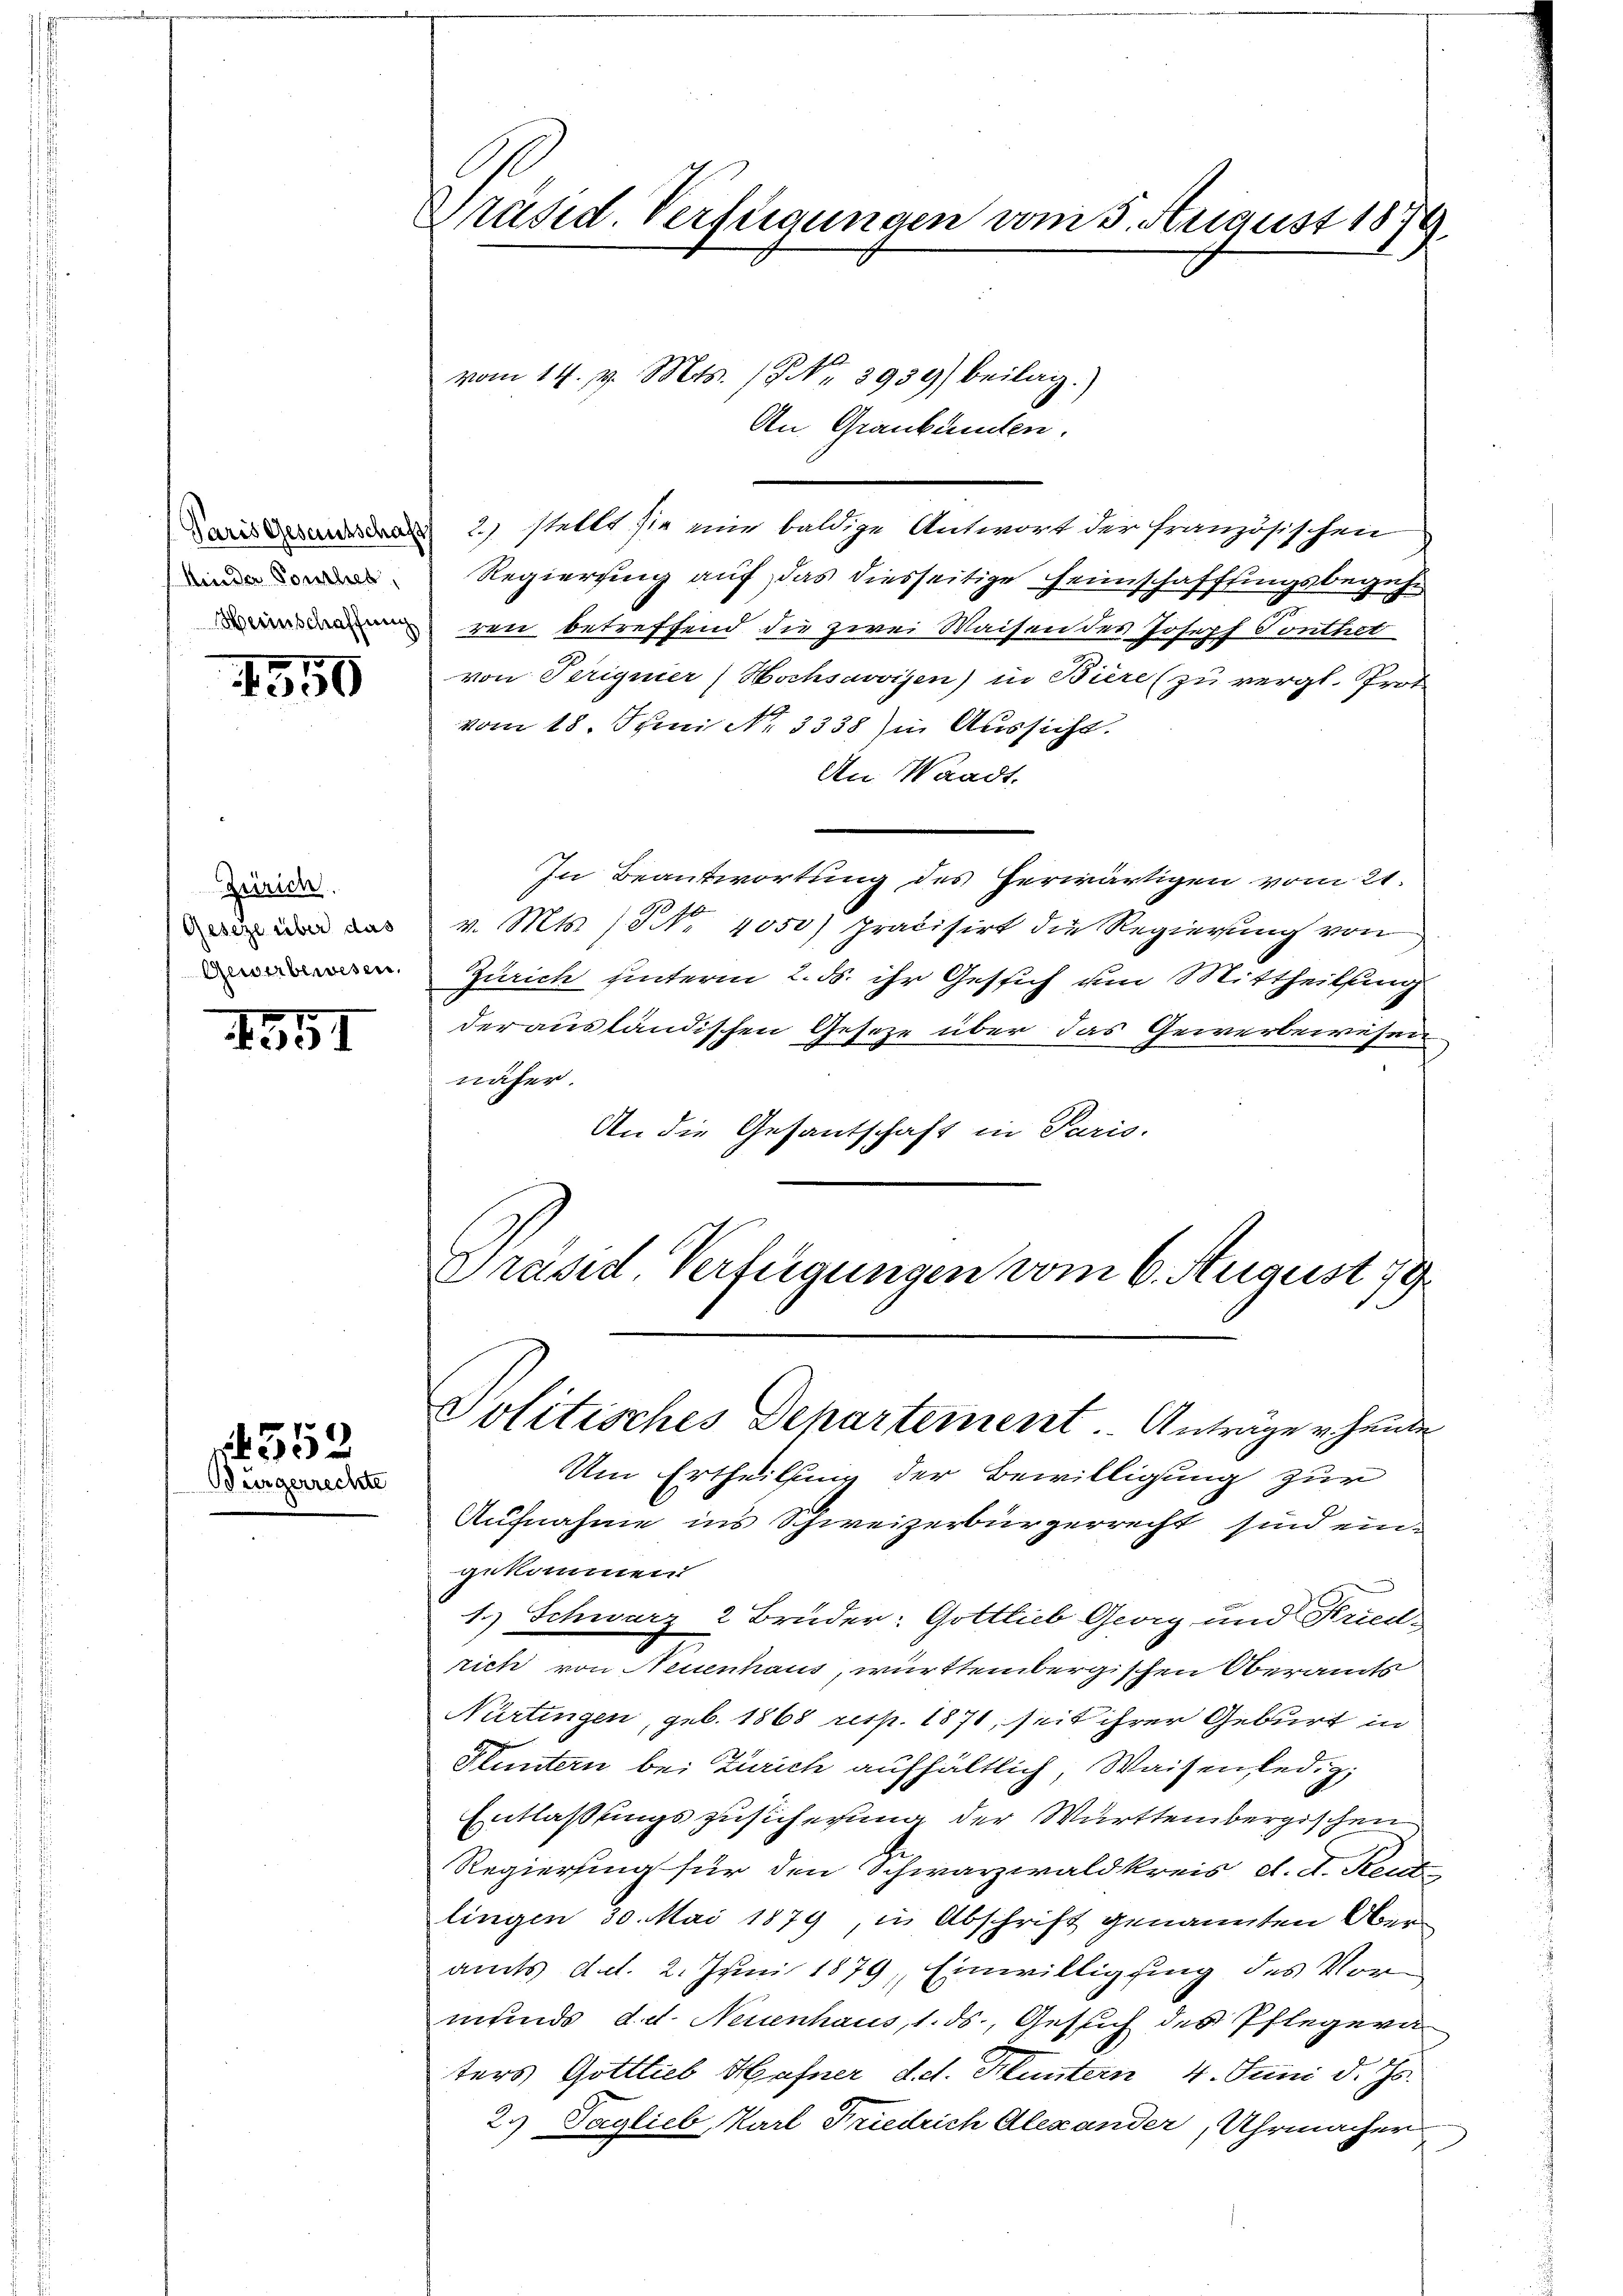
Minder Ponthes,

1551

1550

Zeirich.
Zeseze über das
Gewerbewesen,

552
Bürgerrechte

Präsid. Verfügungen vom 5. August 1879

vom 14. d. Mts. 1. No. 2939) beilag.
An Graubünden.
 2) stellt sie mir baldige Antwort der französischen
Regierung auf das diesseitige Heimschaffungsbegehirren betreffend die zwei Waisen des Joseph Tonthet
von Terignier Hochsavoisen) in Biere (zuvergl. Prot
vom 18. Juni No 3338) in Aussicht.
An Waadt.
In Beantwortung des herwärtigen vom 21.
e
v. Mts. (S. 4050) präcisirt die Regierung von
Zürich hinterm 2. ds. ihr Gesich um Mittheilung
derausländischen Gesetze über das Gewerbewesen
näher.
An die Gesantschaft in Paris.
Dräsid. Verfügungen vom 6. August 19

Politisches Departement. Anträger heute

Um Ertheilung der Bewilligung zur
Aufnahme in’s Schweizerbürgerrecht sind eingekommen
1.) Schwarz 2 Brüder: Gottlieb Georg und Fried-
rich von Neuenhaus, württembergischen Oberamts
Nürtingen, geb. 1868 resp. 1871, seit ihrer Geburt in
Fluntern bei Zürich aufhältlich, Waisen led. z
Entlassungszusicherung der Württembergischen
Regierung für den Schwarzwaldkreis d. d. Rent
lingen 30. Mai 1879, in Abschrift genannten Oberamts d.d. 2. Juni 1879, Einwilligung des Vormunds d. d. Neuenhaus, 1. ds., Gesuch des Pflegera
ters Gottlieb Hafner d.d. Bluntern, 4. Juni d. Js.
2. Taglieb, Karl Friedrich Alexander, Uhrmacher